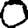
Digit: 0